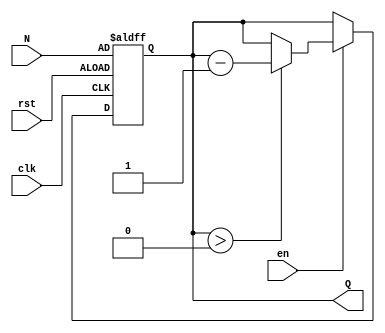
module down_counter (
    input wire clk,       // Clock signal
    input wire en,        // Enable signal
    input wire rst,       // Reset signal
    input wire [7:0] N,   // Initial count value (maximum count value)
    output reg [7:0] Q    // Current counter value
);

    // Asynchronous reset and synchronous counting
    always @(posedge clk or posedge rst) begin
        if (rst) begin
            // Reset the counter to maximum value N
            Q <= N;
        end else if (en) begin
            // Decrement the counter if enabled
            if (Q > 0) begin
                Q <= Q - 1;
            end
        end
        // If enable (en) is low, hold the current count value (Q)
    end

endmodule